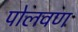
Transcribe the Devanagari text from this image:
पोलवण